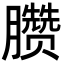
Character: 臜